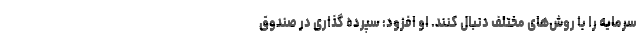
سرمایه را با روش‌های مختلف دنبال کنند. او افزود: سپرده گذاری در صندوق